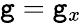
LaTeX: \mathtt{g}=\mathtt{g}_{x}